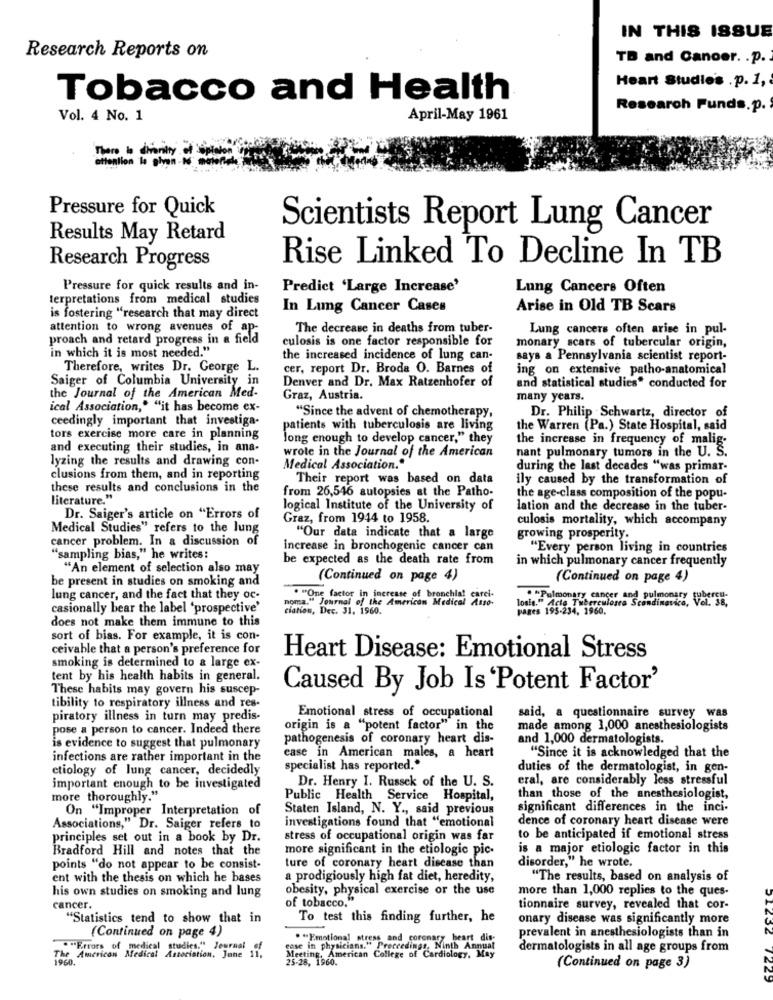
IN THIS ISSUE
Research Reports on
TB and Canoor. . p.
Heart Studie's . p. 1,
Tobacco and Health
Research Funds.p.
Vol. 4 No. 1
April-May 1961
There
Pressure for Quick
Scientists Report Lung Cancer
Results May Retard
Rise Linked To Decline In TB
Research Progress
Pressure for quick results and in-
Predict 'Large Increase'
Lung Cancers Often
terpretations from medical studies
In Lung Cancer Cases
Arise in Old TB Scars
is fostering "research that may direct
attention to wrong avenues of ap-
The decrease in deaths from tuber-
Lung cancers often arise in pul-
proach and retard progress in a field
culosis is one factor responsible for
monary scars of tubercular origin,
in which it is most needed."
the increased incidence of lung can-
says a Pennsylvania scientist report-
Therefore, writes Dr. George L.
cer, report Dr. Broda O. Barnes of
ing on extensive patho-anatomical
Saiger of Columbia University in
Denver and Dr. Max Ratzenhofer of
and statistical studies" conducted for
the Journal of the American Med-
Graz, Austria.
many years.
ical Association," "it has become ex-
"Since the advent of chemotherapy,
ceedingly important that investiga.
Dr. Philip Schwartz, director of
patients with tuberculosis are living
the Warren (Pa.) State Hospital, said
tors exercise more care in planning
long enough to develop cancer," they
the increase in frequency of malig-
and executing their studies, in ana-
nant pulmonary tumors in the U. S.
lyzing the results and drawing con-
wrote in the Journal of the American
Medical Association."
during the last decades "was primar-
clusions from them, and in reporting
Their report was based on data
ily caused by the transformation of
these results and conclusions in the
from 26,546 autopsies at the Patho-
literature."
the age-class composition of the popu-
logical Institute of the University of
lation and the decrease in the tuber-
Dr. Saiger's article on "Errors of
Graz, from 1944 to 1958.
culosis mortality, which accompany
Medical Studies" refers to the lung
cancer problem. In a discussion of
"Our data indicate that a large
growing prosperity.
increase in bronchogenic cancer can
"Every person living in countries
"sampling bias," he writes:
be expected as the death rate from
in which pulmonary cancer frequently
"An element of selection also may
be present in studies on smoking and
(Continued on page 4)
(Continued on page 4)
lung cancer, and the fact that they oc-
. "One factor in increase of bronchial carei-
wat of the American Med
losis." Acta Tuberculose Scandinavica, Vol. SE;
. "Pulmonary cancer and pulmonary
casionally bear the label 'prospective'
ciation, Dec. 31. 1960.
pages 195-234. 19
does not make them immune to this
sort of bias. For example, it is con-
ceivable that a person's preference for
Heart Disease: Emotional Stress
smoking is determined to a large ex-
tent by his health habits in general.
These habits may govern his suscep-
Caused By Job Is 'Potent Factor'
tibility to respiratory illness and res-
piratory illness in turn may predis-
Emotional stress of occupational
said, a questionnaire survey was
pose a person to cancer. Indeed there
origin is a "potent factor" in the
made among 1,000 anesthesiologists
pathogenesis of coronary heart dis-
and 1,000 dermatologists.
is evidence to suggest that pulmonary
infections are rather important in the
case in American males, a heart
"Since it is acknowledged that the
etiology of lung cancer, decidedly
specialist has reported."
duties of the dermatologist, in gen-
eral, are considerably less stressful
important enough to be investigated
Dr. Henry I. Russek of the U. S.
more thoroughly."
Public Health Service Hospital,
than those of the anesthesiologist,
On "Improper Interpretation of
Staten Island, N. Y ., said previous
significant differences in the inci-
investigations found that "emotional
dence of coronary heart disease were
Associations," Dr. Saiger refers to
principles set out in a book by Dr.
stress of occupational origin was far
to be anticipated if emotional stress
Bradford Hill and notes that the
more significant in the etiologic pic-
is a major etiologic factor in this
points "do not appear to be consist-
ture of coronary heart disease than
disorder," he wrote.
ent with the thesis on which he bases
a prodigiously high fat diet, heredity,
"The results, based on analysis of
his own studies on smoking and lung
obesity, physical exercise or the use
more than 1,000 replies to the ques-
cancer.
of tobacco."
tionnaire survey, revealed that cor-
"Statistics tend to show that in
To test this finding further, he
onary disease was significantly more
(Continued on page 4)
. "Emotional stress and coronary heart dis-
prevalent in anesthesiologists than in
" ""Errors of medical studies." Journal
case in physicians." Proceedings, Ninth Annual
dermatologists in all age groups from
1960.
The American Medical Association. June
Meeting, American
25-28, 1960.
erican College of Cardiology, May
(Continued on page 3)